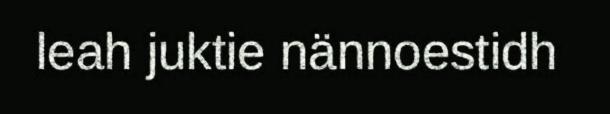
leah juktie nännoestidh